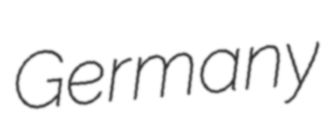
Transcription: Germany